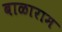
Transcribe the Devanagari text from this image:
बाळाराम